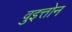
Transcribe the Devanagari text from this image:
वुइत्तोन